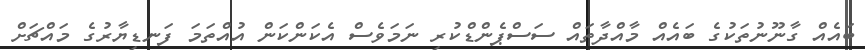
ބައެއް ގާނޫނުތަކުގެ ބައެއް މާއްދާތައް ސަސްޕެންޑްކުރި ނަަމަވެސް އެކަންކަން އުއްތަމަ ފަނޑިޔާރުގެ މައްޗަށް